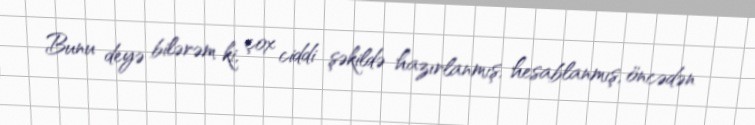
Bunu deyə bilərəm ki, çox ciddi şəkildə hazırlanmış, hesablanmış, öncədən